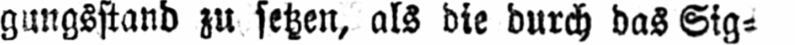
gungsftand zu setzen, als die durch das Sig⸗